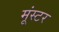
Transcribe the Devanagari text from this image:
मूंस्टर